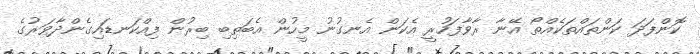
ކޮންފަދަ ކަންތައްތަކެއްތޯ އޭނާ ރާވާފަހުރީ އެކަން އެނގުނު މީހުން އެބަތިބި ބިރުން ފިއްކަނޑައިގެންދާވަރުގެ